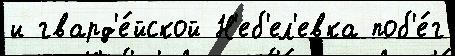
и гвард'е́йской Н'еб'ел'евка поб'е́г